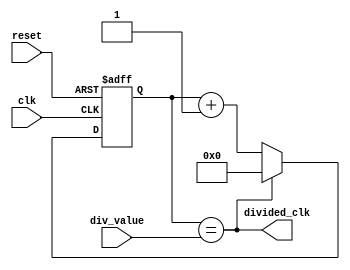
module clock_divider(
    input wire clk,
    input wire reset,
    input wire [7:0] div_value, // Programmable value for clock division
    output wire divided_clk
);

reg [7:0] count;

always @(posedge clk or posedge reset) begin
    if (reset) begin
        count <= 8'd0;
    end else begin
        if (count == div_value) begin
            count <= 8'd0;
        end else begin
            count <= count + 1;
        end
    end
end

assign divided_clk = (count == div_value);

endmodule